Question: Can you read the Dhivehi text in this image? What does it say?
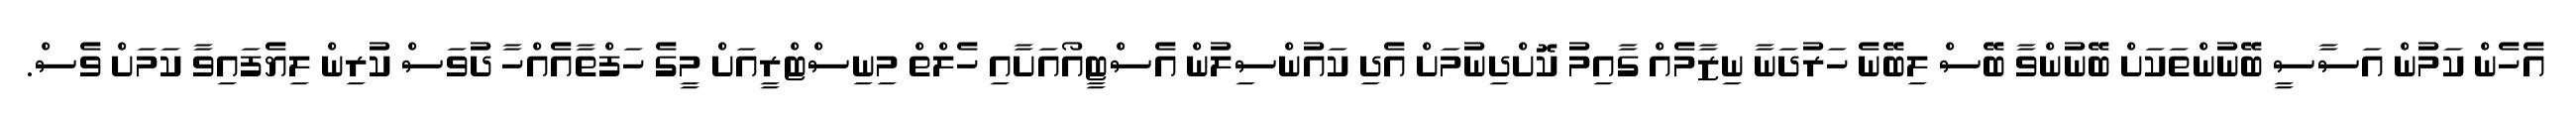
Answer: އެހެން ކަމުން އަސާސީ ބޭނުންތަކަށް ބޭނުންވާ ބޭސް ލިބޭނެ ހަރުދަނާ ނިޒާމެއް ގާއިމު ކޮށްދިނުމަށް އެދި ކައުންސިލުން އެސްޓީއޯއަށާއި ހެލްތް މިނިސްޓްރީއަށް މީގެ ހަފްތާއެއްހާ ދުވަސް ކުރިން ލިޔެފައިވާ ކަމަށް ވެސް.